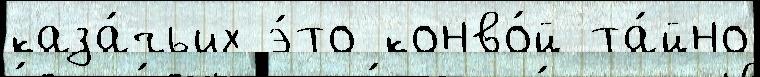
каза́чьих э́то конво́й та́йно